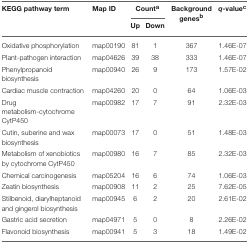
| KEGG pathway term | Map ID | <COLSPAN=2> Counta | Background genesb | q-valuec |
 |  |  | Up | Down |  |  |
 | --- | --- | --- | --- | --- | --- |
 | Oxidative phosphorylation | map00190 | 81 | 1 | 367 | 1.46E-07 |
 | Plant-pathogen interaction | map04626 | 39 | 38 | 333 | 1.46E-07 |
 | Phenylpropanoid biosynthesis | map00940 | 26 | 9 | 173 | 1.57E-02 |
 | Cardiac muscle contraction | map04260 | 20 | 0 | 64 | 1.06E-03 |
 | Drug metabolism-cytochrome CytP450 | map00982 | 17 | 7 | 91 | 2.32E-03 |
 | Cutin, suberine and wax biosynthesis | map00073 | 17 | 0 | 51 | 1.48E-03 |
 | Metabolism of xenobiotics by cytochrome CytP450 | map00980 | 16 | 7 | 85 | 2.32E-03 |
 | Chemical carcinogenesis | map05204 | 16 | 6 | 74 | 1.06E-03 |
 | Zeatin biosynthesis | map00908 | 11 | 2 | 25 | 7.62E-05 |
 | Stilbenoid, diarylheptanoid and gingerol biosynthesis | map00945 | 6 | 2 | 20 | 2.61E-02 |
 | Gastric acid secretion | map04971 | 5 | 0 | 8 | 2.26E-02 |
 | Flavonoid biosynthesis | map00941 | 5 | 3 | 18 | 1.49E-02 |